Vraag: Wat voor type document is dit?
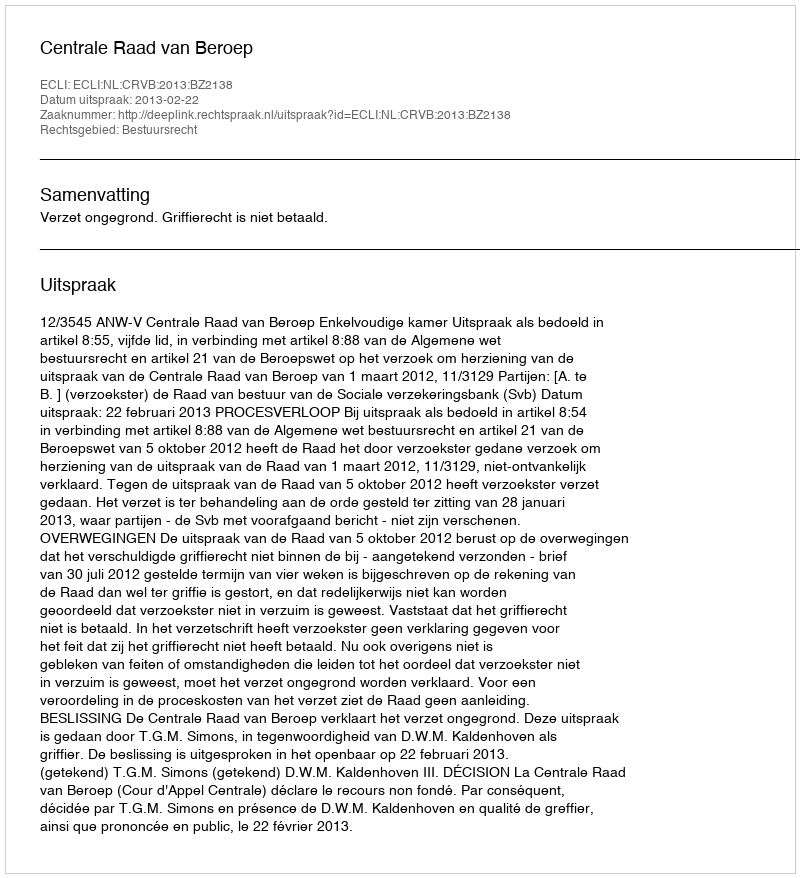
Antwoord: Uitspraak